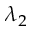
\lambda _ { 2 }